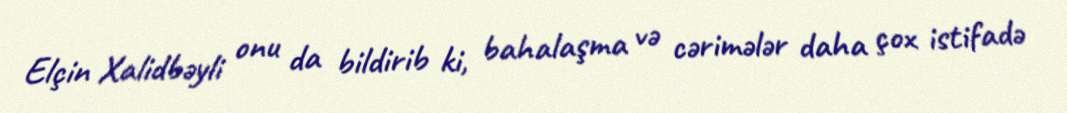
Elçin Xalidbəyli onu da bildirib ki, bahalaşma və cərimələr daha çox istifadə